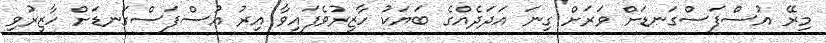
މިރޭ އުސްފަސްގަނޑަށް ވަރަށް ގިނަ އަދަދެއްގެ ބަޔަކު ހާޒިރުވެފައިވާ އިރު އުސްފަސްގަނޑަށް ހާޒިރުވި